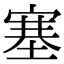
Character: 塞